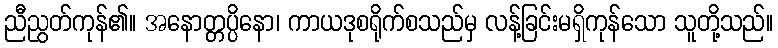
ညီညွတ်ကုန်၏။ အနောတ္တပ္ပိနော၊ ကာယဒုစရိုက်စသည်မှ လန့်ခြင်းမရှိကုန်သော သူတို့သည်။